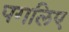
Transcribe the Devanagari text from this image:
पगलिए